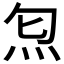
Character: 𤆫